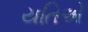
યતિએ